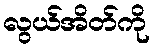
လွယ်အိတ်ကို